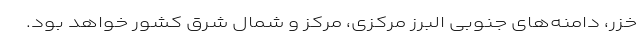
خزر، دامنه‌های جنوبی البرز مرکزی، مرکز و شمال شرق کشور خواهد بود.